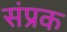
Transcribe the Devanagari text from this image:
संप्रक